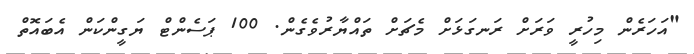
"އަހަރެން މިހުރީ ވަރަށް ރަނގަޅަށް މެޗަށް ތައްޔާރުވެެގެން. 100 ޕަސެންޓް ޔަގީންކަން އެބައޮތް